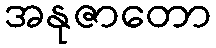
အနုဇာတော